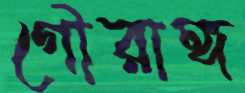
গৌরাঙ্গ